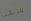
شهد